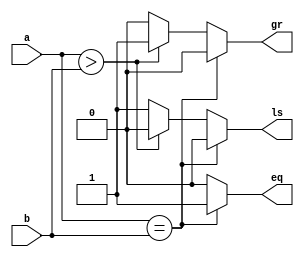
`timescale 1ns/1ps
module comp(a,b,eq,gr,ls);
input [3:0]a,b;
output reg eq,gr,ls; 
always @(a or b)
begin
eq=0;
gr=0;
ls=0;
if(a==b)
 eq=1;
else if(a>b)
 gr=1;
else
 ls=1;
end
endmodule